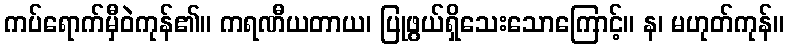
ကပ်ရောက်မှီဝဲကုန်၏။ ကရဏီယတာယ၊ ပြုဖွယ်ရှိသေးသောကြောင့်။ န၊ မဟုတ်ကုန်။